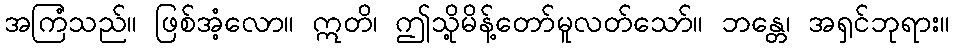
အကြံသည်။ ဖြစ်အံ့လော။ ဣတိ၊ ဤသို့မိန့်တော်မူလတ်သော်။ ဘန္တေ၊ အရှင်ဘုရား။